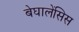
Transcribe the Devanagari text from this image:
बेघालेंसिस